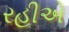
રહીએ